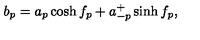
b _ { p } = a _ { p } \cosh f _ { p } + a _ { - p } ^ { + } \sinh f _ { p } ,